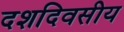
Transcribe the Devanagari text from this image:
दशदिवसीय